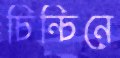
চিন্‌চিনে